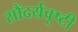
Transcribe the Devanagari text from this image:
सौंदर्यवृष्टी